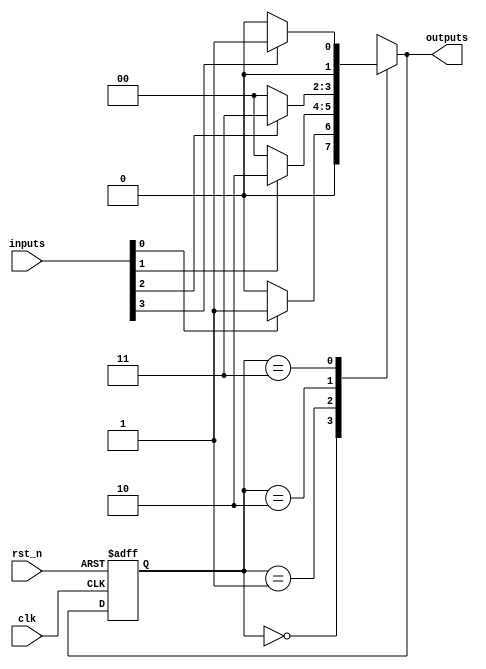
module mealy_fsm (
    input wire clk,
    input wire rst_n,
    input wire [N-1:0] inputs, // Variable number of inputs (N can be parameterized)
    output reg [M-1:0] outputs  // M outputs based on the current state and inputs
);

// Parameter Definitions
parameter N = 4; // Number of input signals
parameter M = 2; // Number of output signals
parameter STATE_COUNT = 4; // Number of states
parameter IDLE = 2'b00, STATE_1 = 2'b01, STATE_2 = 2'b10, STATE_3 = 2'b11; // State encoding

// State Declaration
reg [1:0] current_state, next_state;

// Combinational Logic for Output
always @(*) begin
    case (current_state)
        IDLE: begin
            outputs = (inputs[0]) ? 2'b01 : 2'b00; // Example output logic
        end
        STATE_1: begin
            outputs = (inputs[1]) ? 2'b10 : 2'b00;
        end
        STATE_2: begin
            outputs = (inputs[2]) ? 2'b11 : 2'b00;
        end
        STATE_3: begin
            outputs = (inputs[3]) ? 2'b01 : 2'b00;
        end
        default: outputs = 2'b00;
    endcase
end

// Combinational Logic for Next State
always @(*) begin
    case (current_state)
        IDLE: next_state = (inputs[0]) ? STATE_1 : IDLE;
        STATE_1: next_state = (inputs[1]) ? STATE_2 : IDLE;
        STATE_2: next_state = (inputs[2]) ? STATE_3 : IDLE;
        STATE_3: next_state = (inputs[3]) ? STATE_1 : IDLE;
        default: next_state = IDLE;
    endcase
end

// Sequential Logic for State Transition
always @(posedge clk or negedge rst_n) begin
    if (!rst_n) begin
        current_state <= IDLE; // Reset state
    end else begin
        current_state <= next_state; // Update state
    end
end

endmodule